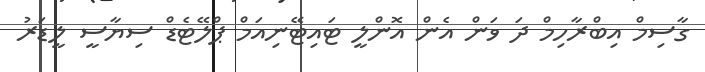
ގާސިމް އިބްރާހިމް ދަ ވަން އެން އޮންލީ ޓައިޓޭނިއަމް ޕްލޭޓެޑް ސިޔާސީ ލީޑަރު